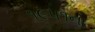
૧૯૫૧ના